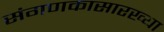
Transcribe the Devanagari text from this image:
संगणकासारख्या